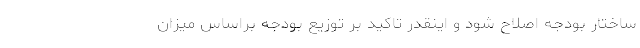
ساختار بودجه اصلاح شود و اینقدر تاکید بر توزیع بودجه براساس میزان